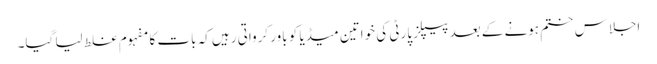
اجلاس ختم ہونے کے بعد پیپلز پارٹی کی خواتین میڈیا کو باور کرواتی رہیں کہ بات کا مفہوم غلط لیا گیا۔